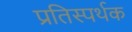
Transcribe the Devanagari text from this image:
प्रतिस्पर्थक